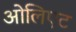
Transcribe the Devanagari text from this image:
ओलिएट